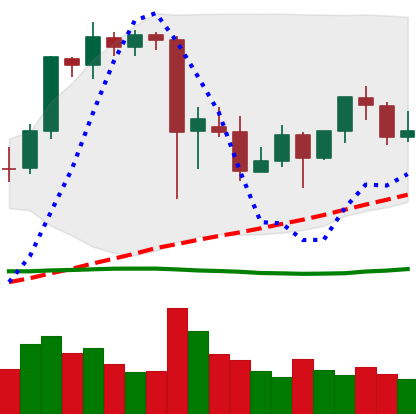
Ticker: ETH-USD
Chart end date: 2021-09-18
Forward return: -8.056%
Label: down_7plus